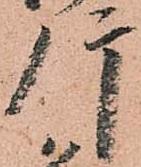
肝